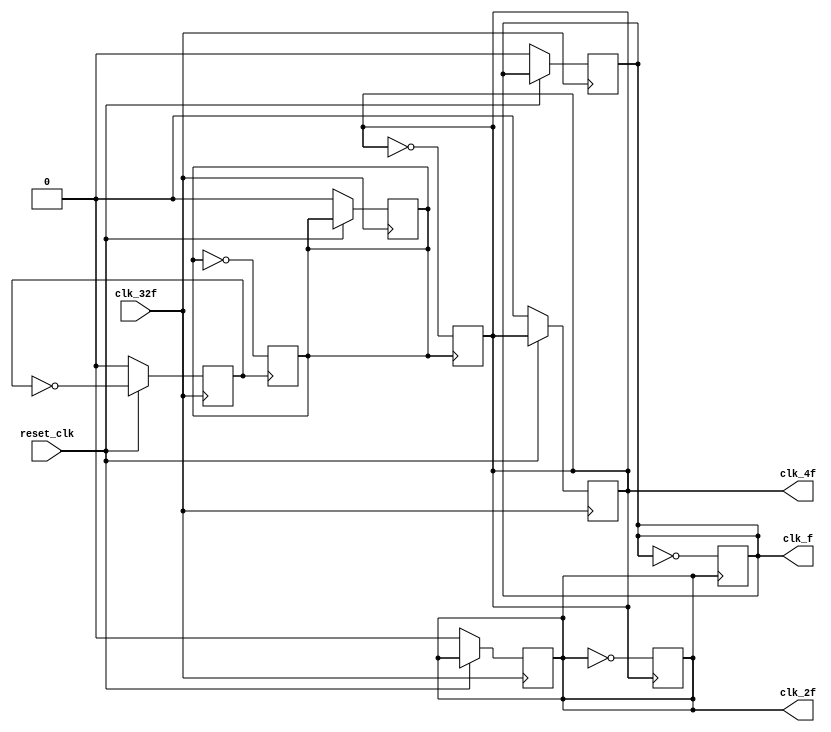
/* PHY Layer for PCIe Interface
 * clk_gen module
 *
 */
// clk generator

module clk_gen(output reg clk_f,
				output reg clk_2f,
				output reg clk_4f,
				input clk_32f,
				input reset_clk);

    reg q1, q2;
    always @(posedge clk_32f)
        begin
            if (~reset_clk) begin
                clk_4f <= 0;
                clk_2f <= 0;
                q2 <= 0;
                q1 <= 0;
                clk_f <= 0;
            end
            else begin
                q1 <= ~q1;
            end
        end
    always @(posedge q1)
        begin
            q2 <= ~q2;
        end
    always @(posedge q2)
        begin
                clk_4f <= ~clk_4f;
        end
    always @(posedge clk_4f)
        begin
                clk_2f <= ~clk_2f;
        end
    always @(posedge clk_2f)
        begin
                clk_f <= ~clk_f;
        end

endmodule